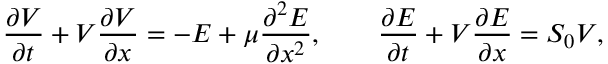
\begin{array} { r } { \displaystyle { \frac { \partial V } { \partial t } } + V \displaystyle { \frac { \partial V } { \partial x } } = - E + \mu \displaystyle { \frac { \partial ^ { 2 } E } { \partial x ^ { 2 } } } , \qquad \displaystyle { \frac { \partial E } { \partial t } } + V \displaystyle { \frac { \partial E } { \partial x } } = S _ { 0 } V , } \end{array}